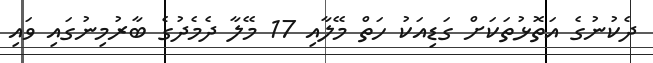
ދެކުނުގެ އަތޮޅުތަކަށް ގަޑިއަކު ހަތް މޭލާއި 17 މޭލާ ދެމެދުގެ ބާރުމިނުގައި ވައި